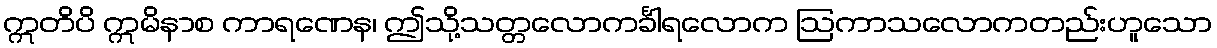
ဣတိပိ ဣမိနာစ ကာရဏေန၊ ဤသို့သတ္တလောကင်္ခါရလောက ဩကာသလောကတည်းဟူသော